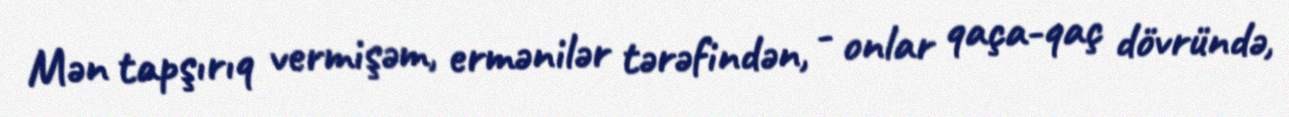
Mən tapşırıq vermişəm, ermənilər tərəfindən, - onlar qaça-qaç dövründə,